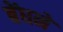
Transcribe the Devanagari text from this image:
बेंधने